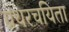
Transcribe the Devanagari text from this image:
ग्रंथरचयिता